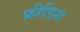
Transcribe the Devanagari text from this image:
फ्रीडिश